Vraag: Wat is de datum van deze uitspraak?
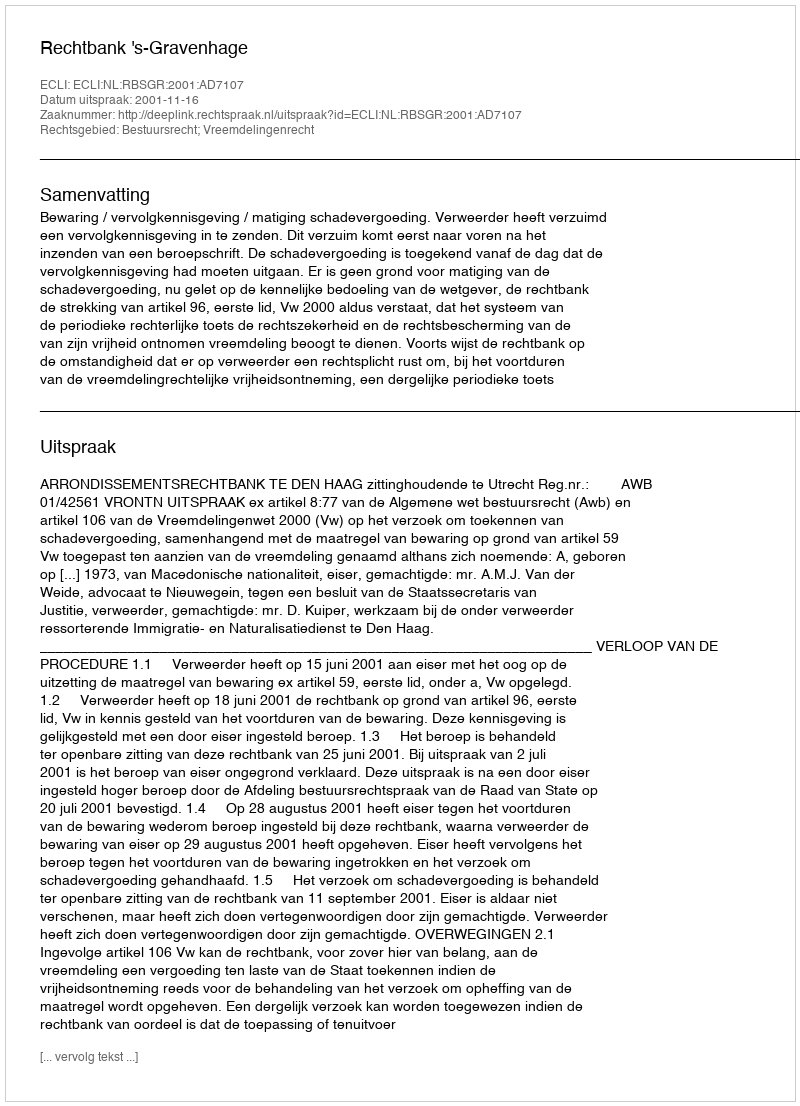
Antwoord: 2001-11-16